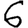
Digit: 6